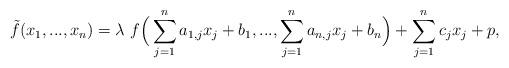
LaTeX: \begin{align*} \tilde{f}(x_1,...,x_n)=\lambda ~f\Big(\sum_{j=1}^na_{1,j}x_j+b_1,...,\sum_{j=1}^na_{n,j}x_j+b_n\Big)+\sum_{j=1}^nc_jx_j+p, \end{align*}